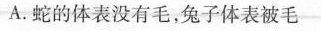
A.蛇的体表没有毛，兔子体表被毛